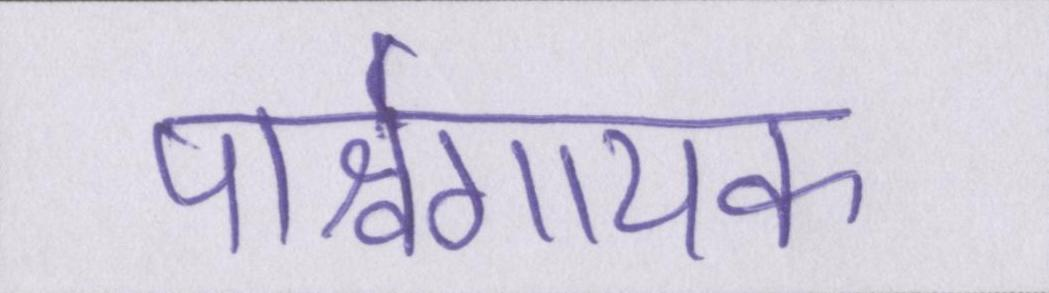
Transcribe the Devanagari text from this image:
पार्श्वगायक